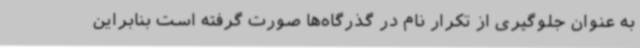
به عنوان جلوگیری از تکرار نام در گذرگاه‌ها صورت گرفته است بنابراین